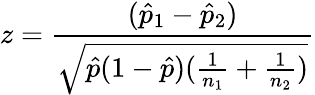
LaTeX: z={\frac{({\hat{p}}_{1}-{\hat{p}}_{2})}{\sqrt{{\hat{p}}(1-{\hat{p}})({\frac{1}{n_{1}}}+{\frac{1}{n_{2}}})}}}